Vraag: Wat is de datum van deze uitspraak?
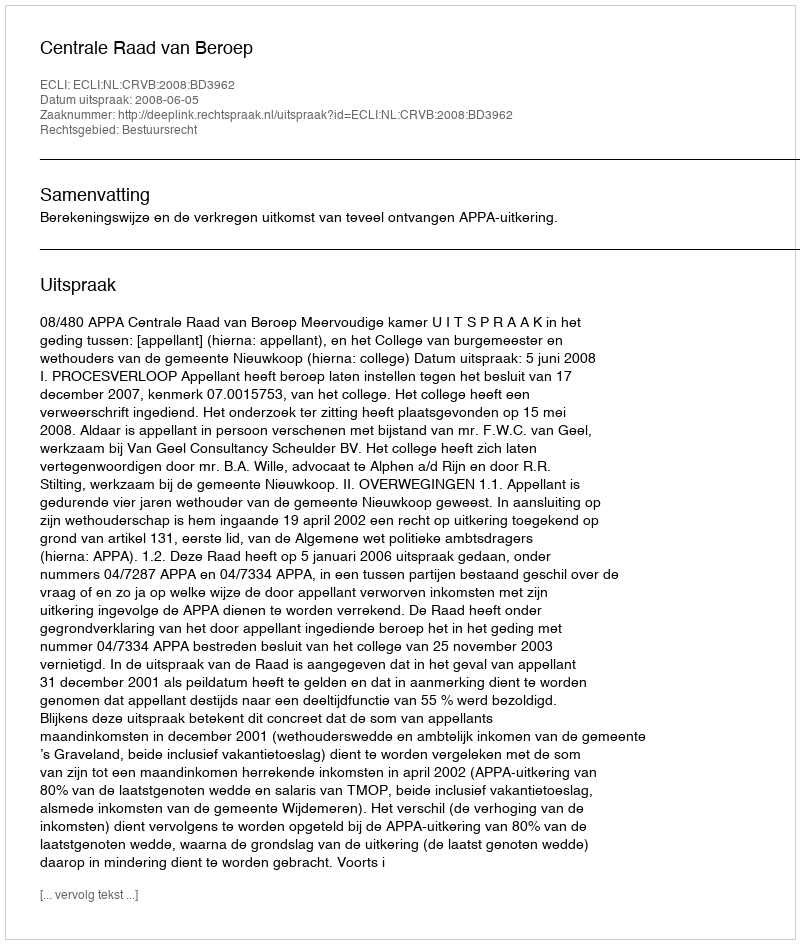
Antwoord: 2008-06-05